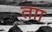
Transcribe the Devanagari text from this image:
ताा